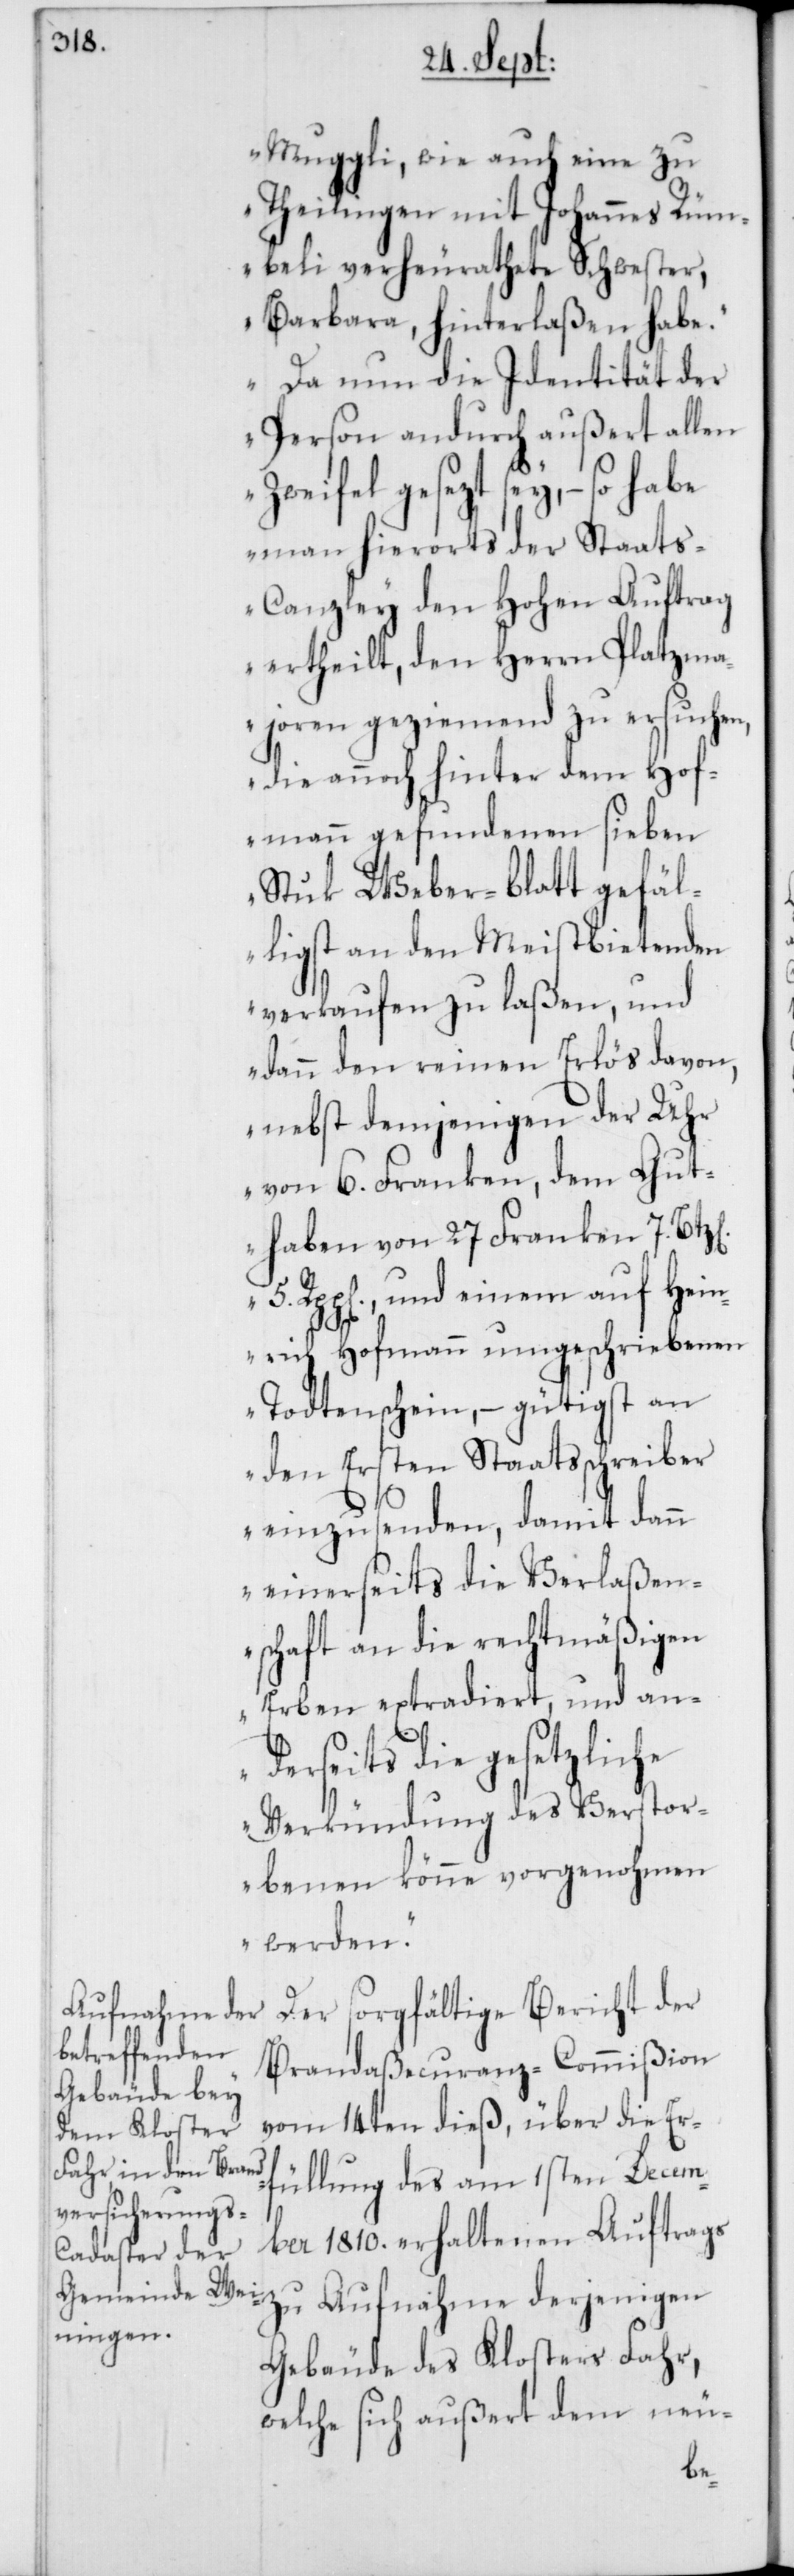
Muggli, wie auch eine zu
Theilingen mit Johannes Rüm¬
beli verheurathete Schwester,
Barbara, hinterlaßen habe.
Da nun die Identität der
Person andurch außert allen
Zweifel gesezt sey, – so habe
man hierorts der Staat¬
s-Canzley den Hohen Auftrag
ertheilt, den Herrn Platzma¬
joren geziemend zu ersuchen,
die annoch hinter dem Hof¬
mann gefundenen sieben
Stuk Weber-blatt gefäl¬
ligst an den Meistbietenden
verkaufen zu laßen, und
dann den reinen Erlös davon,
nebst demjenigen der Uhr
von 6. Franken, dem Gut¬
haben von 27 Franken 7.
Rpp[en]., und einem auf Hein¬
rich Hofmann umgeschriebenen
Todtenschein, – gütigst an
den Ersten Staatsschreiber
einzusenden, damit dann
einerseits die Verlaßen¬
schaft an die rechtmäßigen
Erben extradiert, und an¬
derseits die gesetzliche
Verkündung des Verstor¬
benen könne vorgenohmen
werden.“
Der sorgfältige Bericht der
Brandaßecuranz-Commißion
vom 14ten dieß, über die Er¬
füllung des am 1sten Decem¬
ber 1810. erhaltenen Auftrags
zu Aufnahme derjenigen
Gebäude des Kloster Fahr,
welche sich außert dem neu-